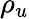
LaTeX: \rho_{u}